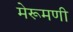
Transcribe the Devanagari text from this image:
मेरूमणी